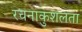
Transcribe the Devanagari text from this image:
रचनाकुशलता